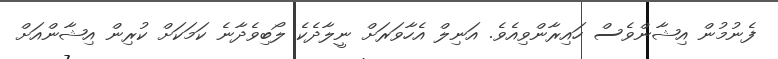
ފެނުމުން އިޝާންވެސް ހައިރާންވިއެވެ. އަނިލް އެހާވަރަށް ނީލާދެކެ ލޯބިވެދާނެ ކަމަކަށް ކުރިން އިޝާންއަށް